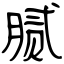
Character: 腻